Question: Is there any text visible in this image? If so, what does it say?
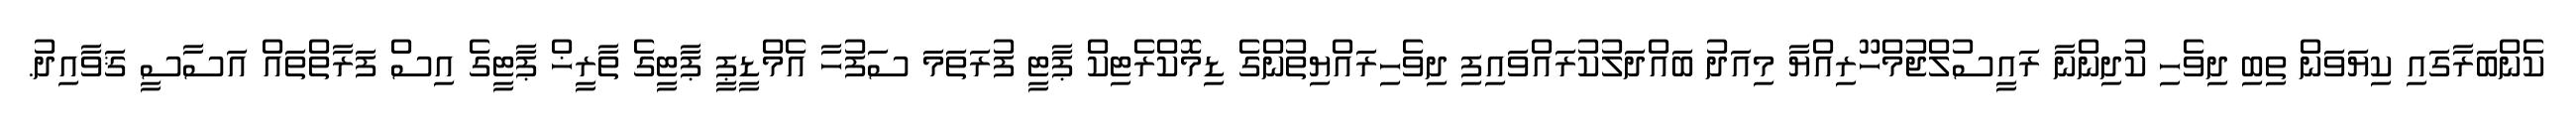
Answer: ކެންބަރާގައި ކިޔަވަން ތިބި ދިވެހި ކުދިންނާ ރައީސުލްޖުމްހޫރިއްޔާ މިއަދު ބައްދަލުކުރައްވައިފި ދިވެހިރައްޔިތުންގެ ޑިމޮކްރެޓިކް ޕާޓީ ފުރަތަމަ ސަފުހާ އެމްޑީޕީ ޕާޓީގެ ތާރީޚް ޕާޓީގެ އިސް ފަރާތްތައް އަސާސީ ޤަވާއިދު.